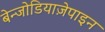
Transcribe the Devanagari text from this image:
बेन्जोडियाज़ेपाइन